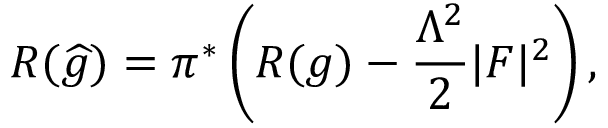
R ( { \widehat { g } } ) = \pi ^ { * } \left( R ( g ) - { \frac { \Lambda ^ { 2 } } { 2 } } \vert F \vert ^ { 2 } \right) ,